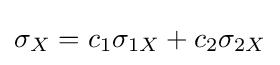
\sigma _{X}=c_{1}\sigma _{1X}+c_{2}\sigma _{2X}